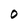
Character: O